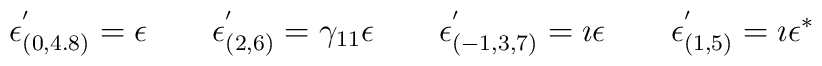
\epsilon_{(0,4.8)} ^{'} = \epsilon\qquad\epsilon_{(2,6)} ^{'} = \gamma_{11} \epsilon\qquad\epsilon_{(-1,3,7)} ^{'} = \imath \epsilon\qquad\epsilon_{(1,5)} ^{'} = \imath \epsilon^{\ast}